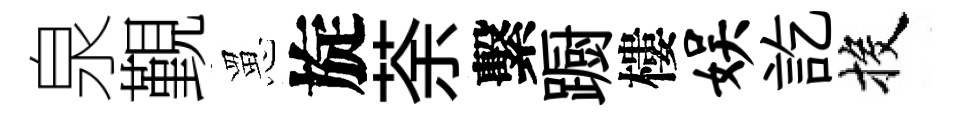
泉覲罳旋荼繫蹰樓娱訖投